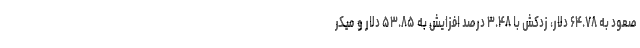
صعود به ۶۴.۷۸ دلار، زدکش با ۳.۴۸ درصد افزایش به ۵۳.۸۵ دلار و میکر